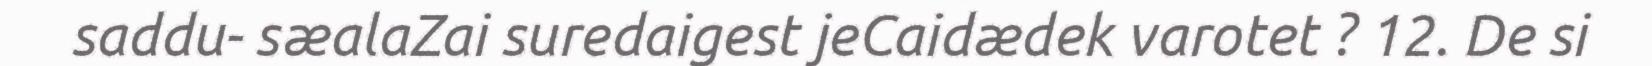
saddu- sæalaZai suredaigest jeCaidædek varotet ? 12. De si